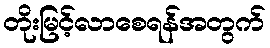
တိုးမြင့်လာစေရန်အတွက်